Bréfritari: Ragnheiður Daníelsdóttir
Viðtakandi: Daníel Halldórsson og Jakobína Magnúsdóttir
Dagsetning: A-1886-10-20
Skrifað á: Reykjavík  Gull.
Ragnheiður var dóttir Daníels og Jakobínu

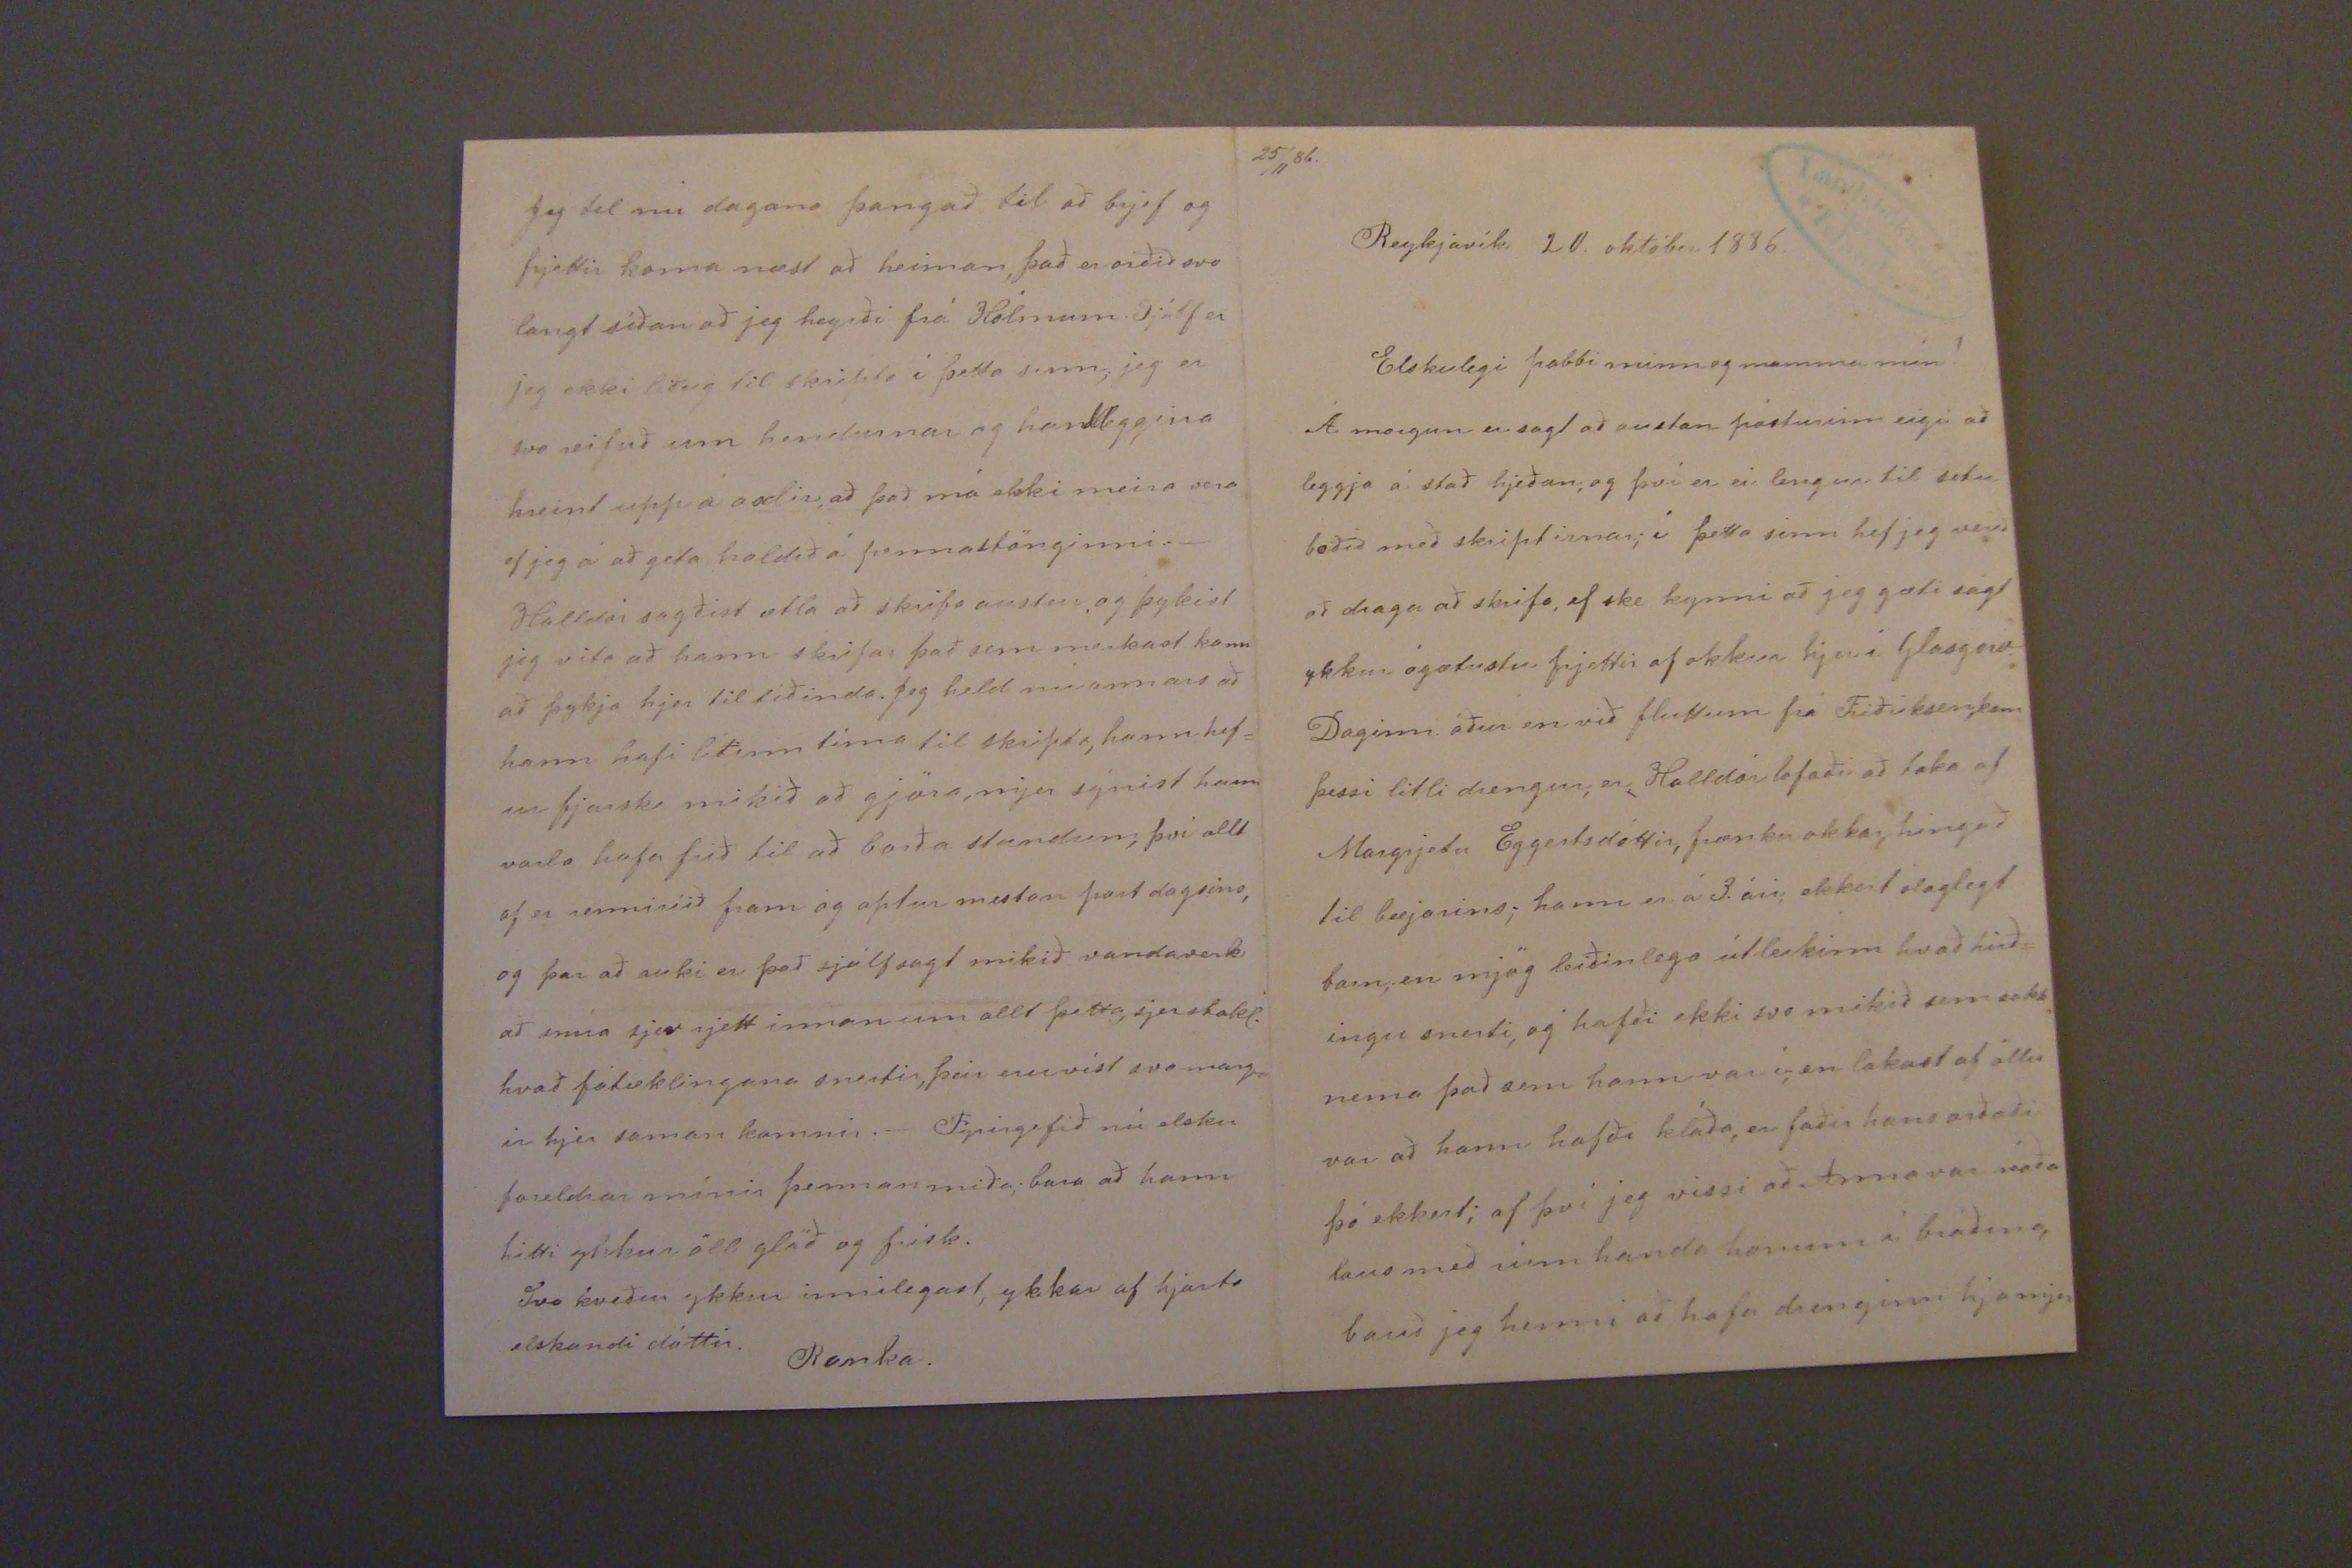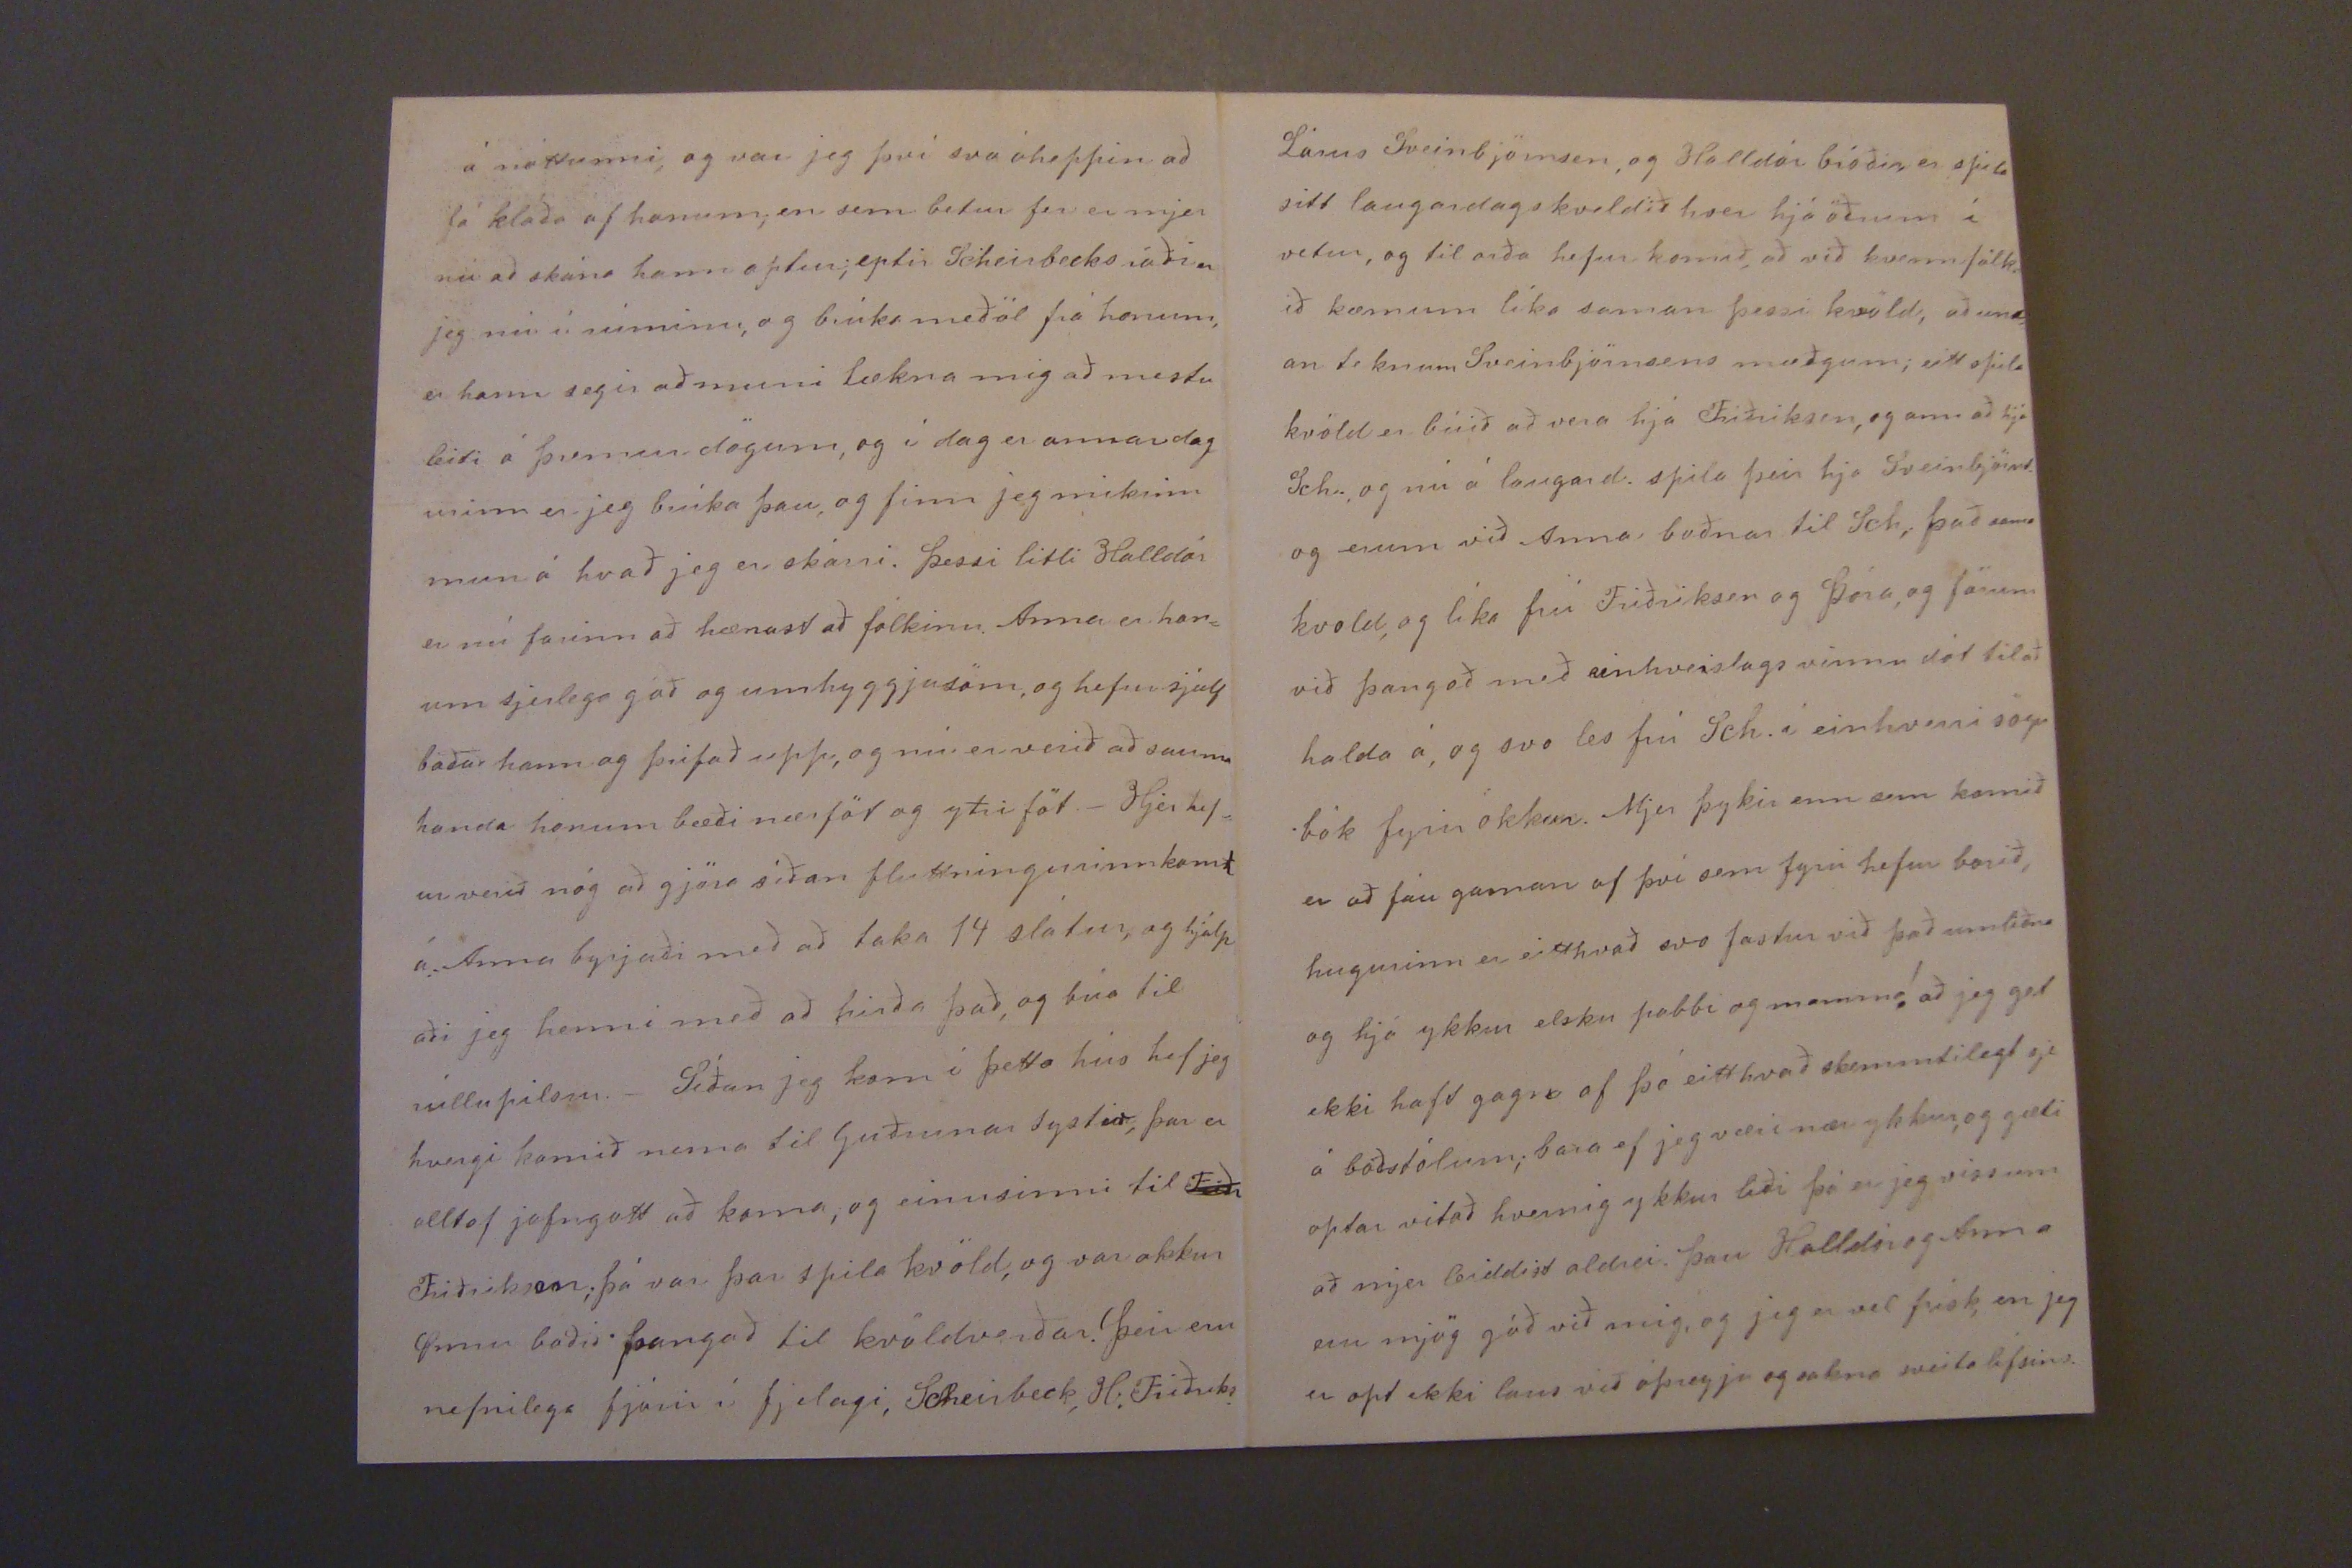

25/11 86.
Reykjavík 20. október 1886.
Elskulegi pabbi minn og mamma mín!
Á morgun er sagt að austan pósturinn eigi að leggja á stað hjeðan; og því er ei lengur til setu boðið með skriptirnar; í þetta sinn hef jeg verið að draga að skrifa, ef ske kynni að jeg gæti sagt ykkur ágætustu frjettir af okkur hjer í Glasgow. Daginn áður en við fluttum frá Friðriksen, kom þessi litli drengur, er Halldór lofaði að taka af Margrjetu Eggertsdóttir, frænku okkar, hingað til bæjarins; hann er á 3.ári, ekkert ólaglegt barn; en mjög leiðinlega útleikinn hvað hirð= ingu snerti, og hafði ekki svo mikið sem sokk nema það sem hann var í; en lakast af öllu var að hann hafði kláða, er faðir hans orðaði þó ekkert; af því jeg vissi að Anna var ráða laus með rúm handa honum í
bráðina,
bauð jeg henni að hafa drenginn hja mjer
á nóttunni, og var jeg því svo óheppin að fá kláða af honum; en sem betur fer er mjer nú að skána hann aptur; eptir Scheirbecks ráðin jeg nú í rúminu, og brúka meðöl frá honum, er hann segir að muni lækna mig að mestu leiti á þremur dögum, og í dag er annar dag urinn er jeg brúka þau, og finn jeg mikinn mun á hvað jeg er skárri. Þessi litli Halldór er nú farinn að hænast að fólkinu. Anna er hon= um sjerlega góð og umhyggjusöm, og hefur sjálf baðað hann og þrifað upp, og nú er verið að sauma handa honum bæði nærföt og yfirföt._ Hjer hef= ur verið nóg að gjöra síðan fluttningurinn kom
t
á. Anna byrjaði með að taka 14 slátur, og hjálp aði jeg henni með að hirða það, og búa til rúllupilsur._ Síðan jeg kom í þetta hús hef jeg hvergi komið nema til Guðrunar systir, þar er alltaf jafngott að koma, og einusinni til
Friðr
Friðriksen; þá var þar spila kvöld, og var okkur Önnu boðið þangað til kvöldverðar. Þeir eru nefnilega fjórir í fjelagi, Scheirbeck, H: Friðriks.
Lárus Sveinbjörnson, og Halldór bróðir er spila sitt laugardagskveldið hver hjá öðrum í vetur, og til orða hefur komið, að við kvennfólk ið kæmum líka saman þessi kvöld, að und= an teknum Sveinbjörnsens mæðgum; eitt spila kvöld er búið að vera hjá Friðriksen, og annað hjá Sch., og nú á laugard. spila þeir hja Sveinbjörns. og erum við Anna boðnar til Sch; það sama kvold, og líka frú Friðriksen og Þóra, og förum við þangað með einhverslags vinnudót til að halda á, og svo les frú Sch. í einhverri sögu bók fyrir okkur. Mjer þykir enn sem komið er að fáu gaman af því sem fyrir hefur borið, hugurinn er eitthvað svo fastur við það umliðna og hjá ykkur elsku pabbi og mamma! að jeg gat ekki haft gagn af þó eitthvað skemmtilegt sje á boðstólum; bara ef jeg væri nær ykkur, og gæti optar vitað hvernig ykkur liði þá er jeg viss um að mjer leiddist aldrei. Þau Halldór og Anna eru mjög góð við mig, og jeg er vel frísk, en jeg er opt ekki laus við óþreyju og sakna sveita lífsins.
Jeg tel nú dagana þangað til að brjef og frjettir koma næst að heiman, það er orðið svo langt síðan að jeg heyrði frá Hólmum. Sjálf er jeg ekki liðug til skripta í þetta sinn; jeg er svo reifuð um hendurnar og handleggina hreint upp á axlir, að það má ekki meira vera ef jeg á að geta haldið á pennastönginni._ Halldór sagðist ætla að skrifa austur, og þykist jeg vita að hann skrifar það sem merkast kann að þykja hjer til tíðinda. Jeg held nú annars að hann hafi lítinn tíma til skripta, hann hef= ur fjarska mikið að gjöra, mjer sýnist hann varla hafa frið til að borða stundum, því allt af er renniríið fram og aptur mestan part dagsins, og þar að auki er það sjálfsagt mikið vandaverk að snúa sjer rjett innan um allt þetta, sjerstakl. hvað fátæklingana snertir, þeir eru víst svo marg= ir hjer saman komnir._ Fyrirgefið nú elsku foreldrar mínir þennan miða; bara að hann hitti ykkur öll glöð og frísk. Svo kveður ykkur innilegast, ykkar af hjarta elskandi dóttir
Ranka.